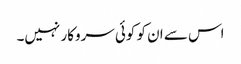
اس سے ان کو کوئی سروکار نہیں۔